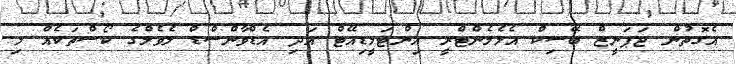
އެގޮތުން ޖަޕަނީޒް ބޭސިކް އެލެމެންޓްރީ އިންޓަމީޑިއޭޓް އަދި އެޑްވާންސްޑް ލެވެލްގެ ކޯސްތަކެއް މި